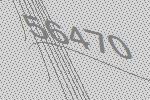
56470